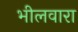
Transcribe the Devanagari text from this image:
भीलवारा